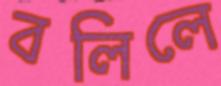
বলিলে